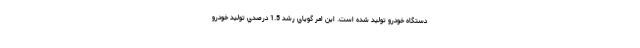
دستگاه خودرو توليد شده است. اين امر گوياي رشد 1.5 درصدي توليد خودرو